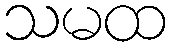
သမထ